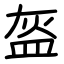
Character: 盔